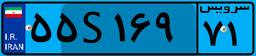
۵۵S۱۶۹۷۱